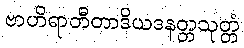
ဗာဟိရာတီတာဒိယဒနတ္တသုတ္တံ